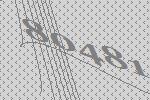
80481